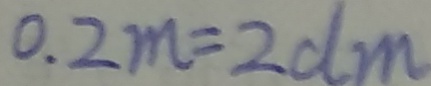
0 . 2 m = 2 d m